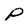
Character: P